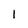
Character: 1